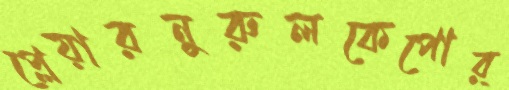
প্লেয়ারনুরুলকেপোর্